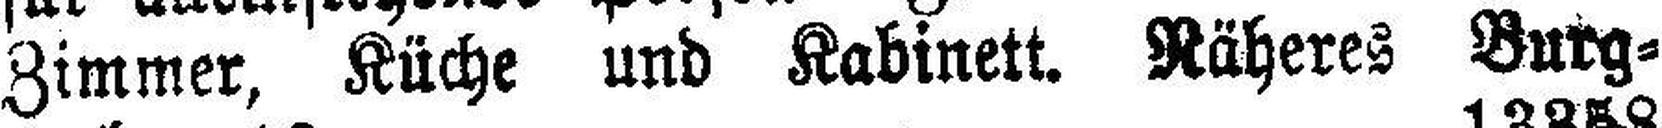
Zimmer, Küche und Kabinett. Näheres Burg¬